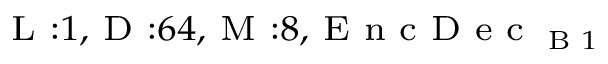
_ { \textrm { L } : 1 , \textrm { D } : 6 4 , \textrm { M } : 8 , \textrm { E n c D e c } _ { \textrm { B } 1 } }